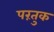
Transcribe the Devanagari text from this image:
परंतुक